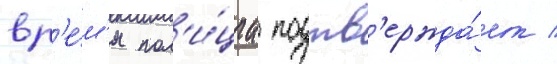
вр'е́м'я пол'и́циа подтв'ержда́ет /